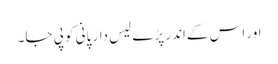
اور اس کےاندر پڑے لیس دار پانی کو پی جا۔